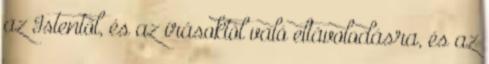
az Istentől, és az írásoktól való eltávolodásra, és az